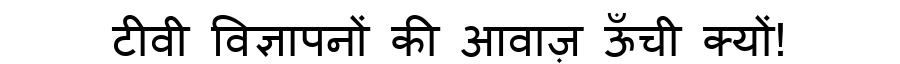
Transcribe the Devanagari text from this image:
टीवी विज्ञापनों की आवाज़ ऊँची क्यों!